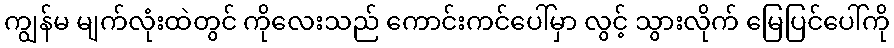
ကျွန်မ မျက်လုံးထဲတွင် ကိုလေးသည် ကောင်းကင်ပေါ်မှာ လွင့် သွားလိုက် မြေပြင်ပေါ်ကို